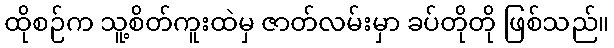
ထိုစဉ်က သူ့စိတ်ကူးထဲမှ ဇာတ်လမ်းမှာ ခပ်တိုတို ဖြစ်သည်။